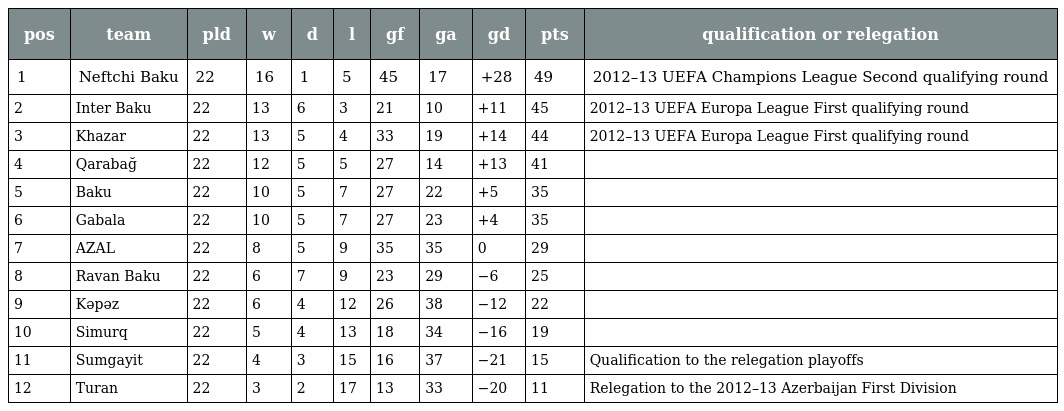
| pos | team | pld | w | d | l | gf | ga | gd | pts | qualification or relegation |
 | --- | --- | --- | --- | --- | --- | --- | --- | --- | --- | --- |
 | 1 | Neftchi Baku | 22 | 16 | 1 | 5 | 45 | 17 | +28 | 49 | 2012–13 UEFA Champions League Second qualifying round |
 | 2 | Inter Baku | 22 | 13 | 6 | 3 | 21 | 10 | +11 | 45 | 2012–13 UEFA Europa League First qualifying round |
 | 3 | Khazar | 22 | 13 | 5 | 4 | 33 | 19 | +14 | 44 | 2012–13 UEFA Europa League First qualifying round |
 | 4 | Qarabağ | 22 | 12 | 5 | 5 | 27 | 14 | +13 | 41 |  |
 | 5 | Baku | 22 | 10 | 5 | 7 | 27 | 22 | +5 | 35 |  |
 | 6 | Gabala | 22 | 10 | 5 | 7 | 27 | 23 | +4 | 35 |  |
 | 7 | AZAL | 22 | 8 | 5 | 9 | 35 | 35 | 0 | 29 |  |
 | 8 | Ravan Baku | 22 | 6 | 7 | 9 | 23 | 29 | −6 | 25 |  |
 | 9 | Kəpəz | 22 | 6 | 4 | 12 | 26 | 38 | −12 | 22 |  |
 | 10 | Simurq | 22 | 5 | 4 | 13 | 18 | 34 | −16 | 19 |  |
 | 11 | Sumgayit | 22 | 4 | 3 | 15 | 16 | 37 | −21 | 15 | Qualification to the relegation playoffs |
 | 12 | Turan | 22 | 3 | 2 | 17 | 13 | 33 | −20 | 11 | Relegation to the 2012–13 Azerbaijan First Division |